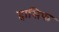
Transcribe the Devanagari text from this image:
हासिफ